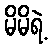
မိမိရဲ့